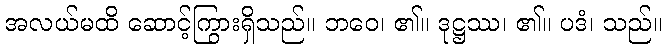
အလယ်မထိ ဆောင့်ကြွားရှိသည်။ ဘဝေ၊ ၏။ ဒုဋ္ဌဿ၊ ၏။ ပဒံ၊ သည်။